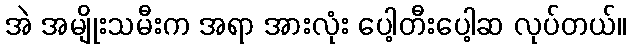
အဲ အမျိုးသမီးက အရာ အားလုံး ပေါ့တီးပေါ့ဆ လုပ်တယ်။